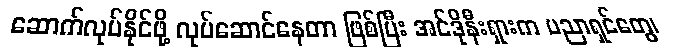
ဆောက်လုပ်နိုင်ဖို့ လုပ်ဆောင်နေတာ ဖြစ်ပြီး အင်ဒိုနီးရှားက ပညာရှင်တွေ၊